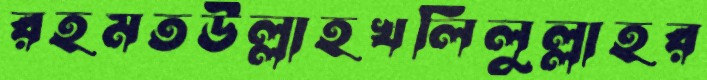
রহমতউল্লাহখলিলুল্লাহর